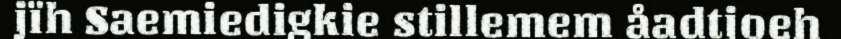
jïh Saemiedigkie stillemem åadtjoeh